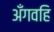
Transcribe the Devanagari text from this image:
अँगवहि